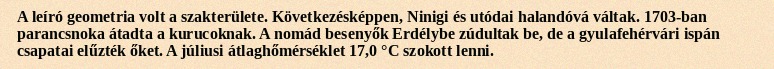
A leíró geometria volt a szakterülete. Következésképpen, Ninigi és utódai halandóvá váltak. 1703-ban parancsnoka átadta a kurucoknak. A nomád besenyők Erdélybe zúdultak be, de a gyulafehérvári ispán csapatai elűzték őket. A júliusi átlaghőmérséklet 17,0 °C szokott lenni.